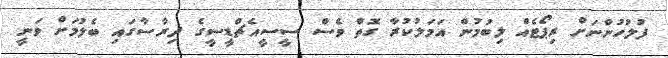
ފުލުހުންނަށް ރިޕޯޓެއް ލިބުމުން އަމަލުކުރާ ގޮތް ވެސް ސީސީއެޗްޑީސީގެ ދިރާސާގައި ބެލުމަށް ވަނީ